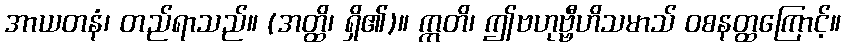
အာယတနံ၊ တည်ရာသည်။ (အတ္ထိ၊ ရှိ၏)။ ဣတိ၊ ဤဗဟုဗ္ဗီဟိသမာသ် ဝစနတ္ထကြောင့်။